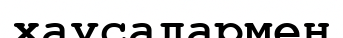
хаусалармен